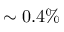
\sim 0 . 4 \%